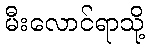
မီးလောင်ရာသို့